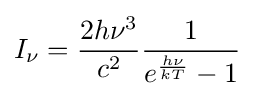
I_{\nu }={\frac {2h\nu ^{3}}{c^{2}}}{\frac {1}{e^{\frac {h\nu }{kT}}-1}}